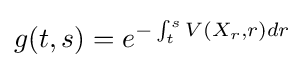
g(t,s)=e^{-\int _{t}^{s}V(X_{r},r)dr}